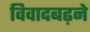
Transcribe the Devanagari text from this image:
विवादबढ़ने